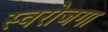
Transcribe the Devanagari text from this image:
स्‍वरोजगा